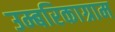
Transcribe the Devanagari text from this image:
उम्बरिकाग्राम